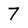
Character: 7